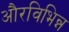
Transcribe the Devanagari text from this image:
औरविभिन्न